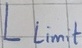
Text: Llimit